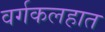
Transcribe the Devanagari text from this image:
वर्गकलहात